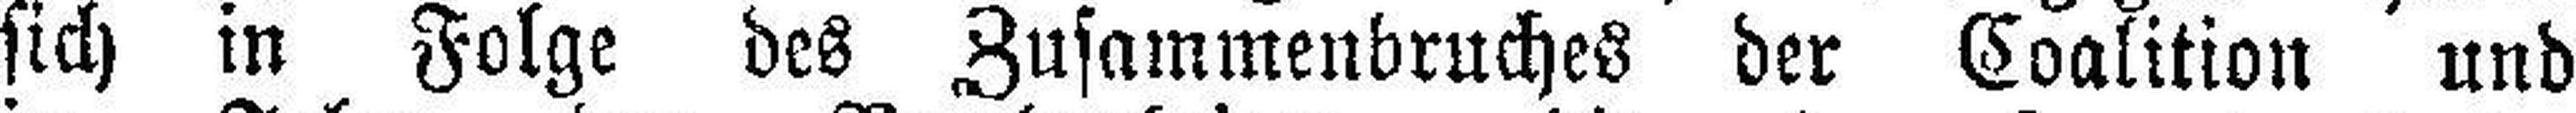
sich in Folge des Zusammenbruches der Coalition und